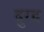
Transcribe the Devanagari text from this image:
दुरद्द